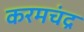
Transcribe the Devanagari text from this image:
करमचंद्र